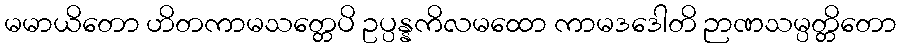
မမာယိတော ဟိတကာမသတ္တေပိ ဥပ္ပန္နကိလမထော ကာမဒဒေါတိ ဉာဏသမ္ပတ္တိတော